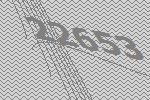
22653